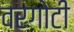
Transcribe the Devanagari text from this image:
वरगोटी